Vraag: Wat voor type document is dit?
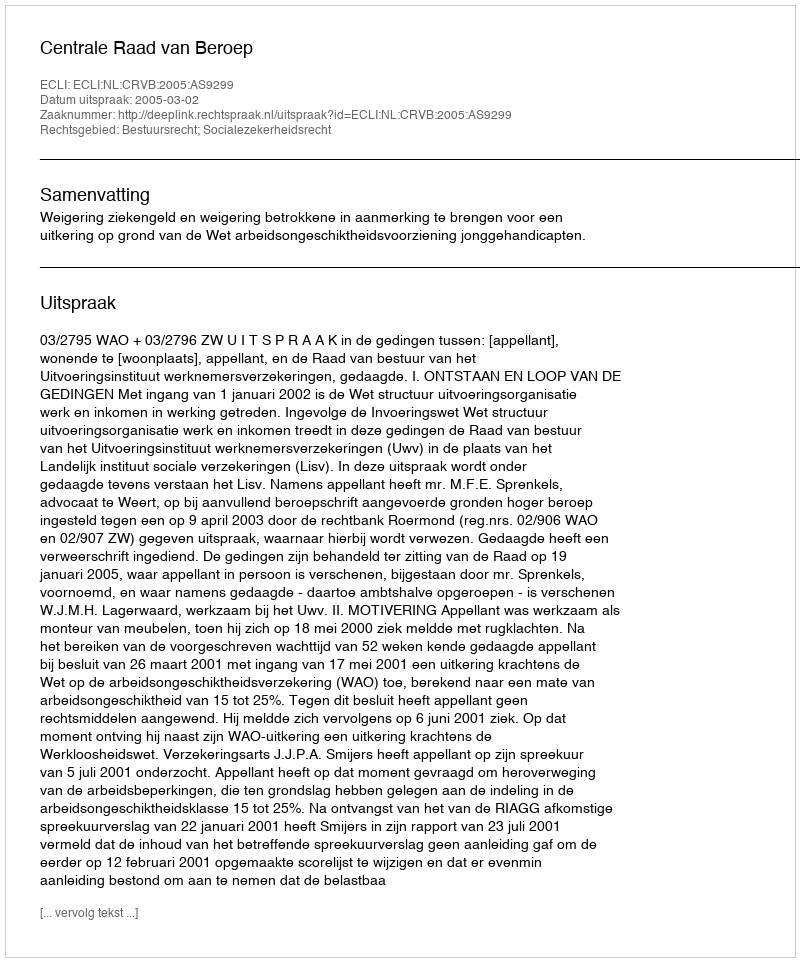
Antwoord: Uitspraak